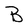
Character: B